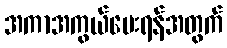
အကာအကွယ်ပေးရန်အတွက်